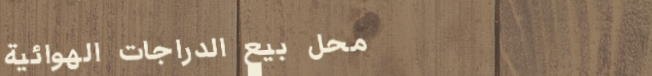
محل بيع الدراجات الهوائية